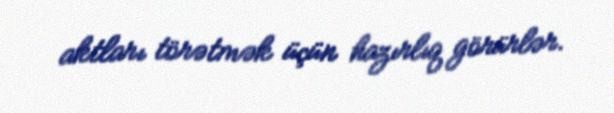
aktları törətmək üçün hazırlıq görürlər.